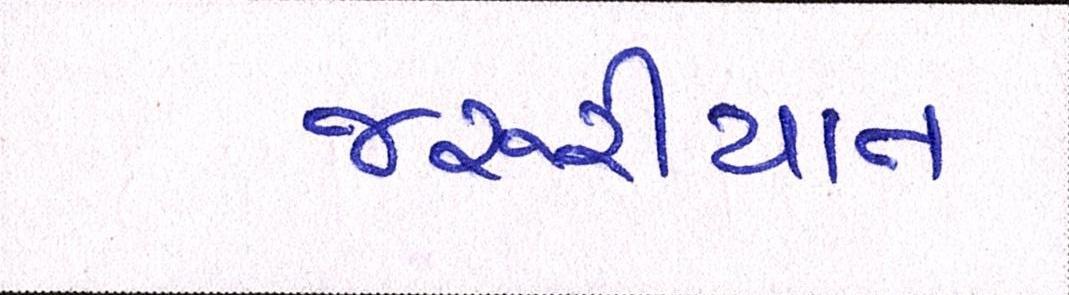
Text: જરૂરીયાત